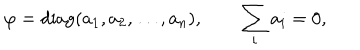
\varphi = \mathrm { d i a g } ( a _ { 1 } , a _ { 2 } , \ldots , a _ { n } ) , \qquad \sum _ { i } a _ { i } = 0 ,